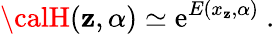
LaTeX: {\calH}(\mathbf{z},\alpha)\simeq\mathrm{{e}}^{E(x_{\mathbf{z}},\alpha)}\ .